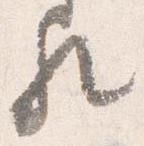
歟